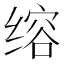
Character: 𮶅